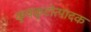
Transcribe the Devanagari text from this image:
कुवकुटोत्पादक